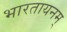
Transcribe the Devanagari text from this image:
भारतायनम्